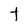
Character: t